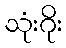
သုံးဂိုး